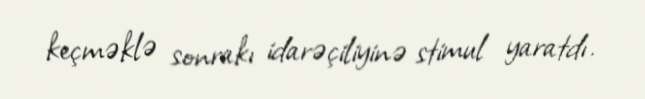
keçməklə sonrakı idarəçiliyinə stimul yaratdı.